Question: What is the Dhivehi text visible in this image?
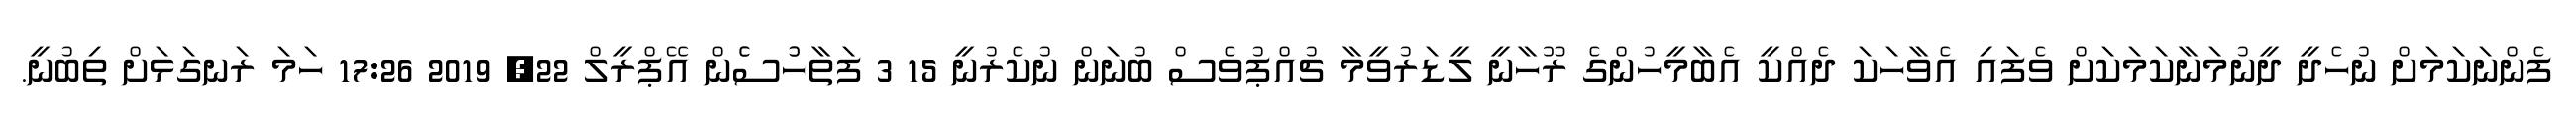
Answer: ފެންނަކަމަށް ނުހެދީ ދީނުމަނާކަމަކަށް ވެފައި އެވާހަކަ ދެއްކީ އެބާމީހުންގެ ރޫހާނީ ލީޑަރުވީމާ ޗުއްޕުވެސް ބުނަން ނުކެރުނީ 15 3 ފަތާހުުސެެން އޭޕްރީލް 22, 2019 17:26 ހަމަ ރަނގަޅަށް ތިބުނީ.